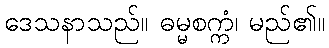
ဒေသနာသည်။ ဓမ္မစက္ကံ၊ မည်၏။